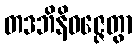
တဒဘိနိဝဇ္ဇေတွာ